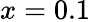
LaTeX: x=0.1